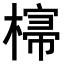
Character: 𣘕